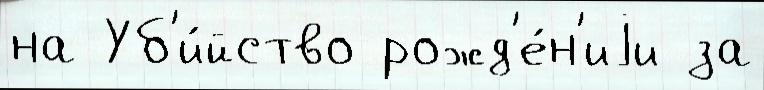
на Уб'и́йство рожд'е́н'иjи за